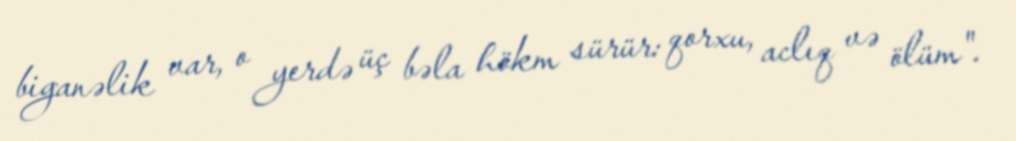
biganəlik var, o yerdə üç bəla hökm sürür: qorxu, aclıq və ölüm".